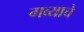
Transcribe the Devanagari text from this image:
गव्याचे